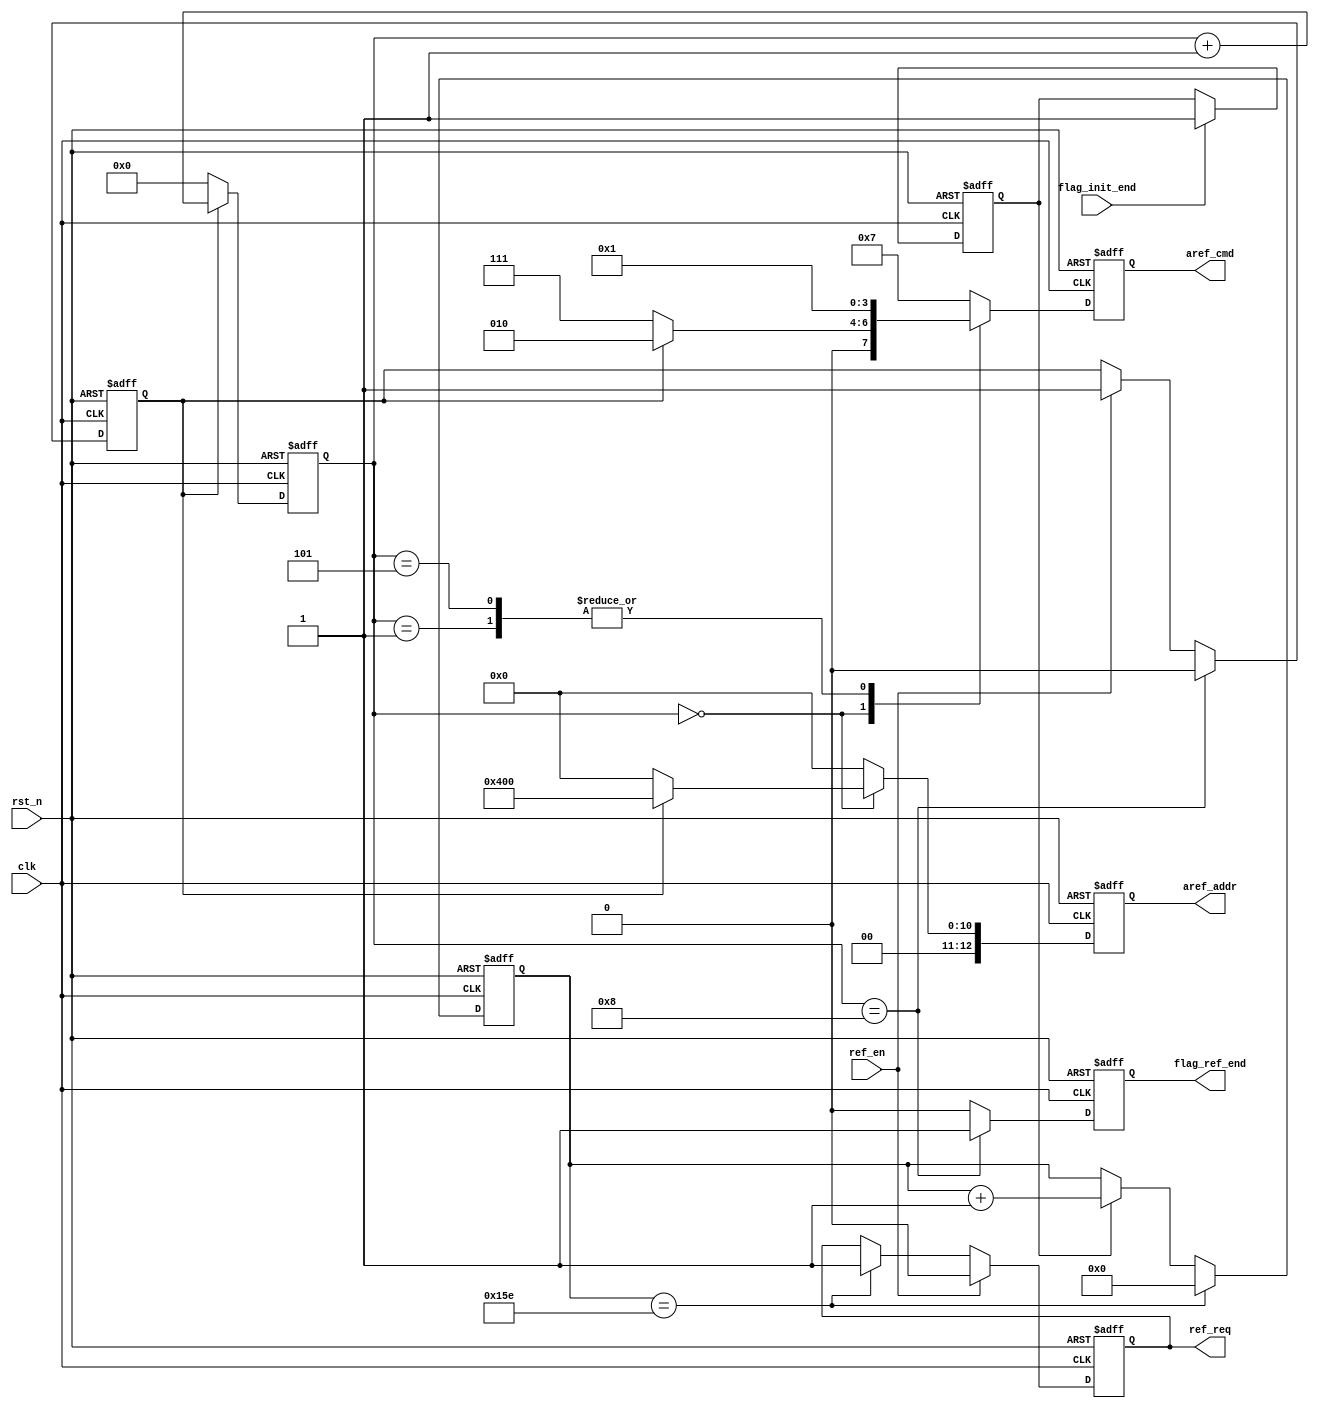
/*-----------------------------------------------------------------------

Date				:		2017-08-29
Description			:		Design for auto refresh.

-----------------------------------------------------------------------*/

module sdram_afreh
(
	//global clock
	input					clk							,			//system clock
	input					rst_n						,     		//sync reset
	
	//init		interface
	input					flag_init_end				,
	
	//auto_freh interface
	input					ref_en						,
	output	reg				ref_req						,
	output	reg				flag_ref_end				,
	
	//sdram		interface
	output	reg		[3:0]	aref_cmd					,
	output	reg		[12:0]	aref_addr

	
); 

//--------------------------------
//Funtion : 
	parameter		CMD_END		=	4'd8				,
					DELAY_7US	=	9'd350				,
					NOP			=	4'b0111				,
					PRECHARGE	=	4'b0010				,
					AREF		=	4'b0001				;
	
	reg			[8:0]		cnt_7us						;
	reg						flag_ref					;		//
	reg						flag_start					;		//
	reg			[3:0]		cnt_cmd						;



//--------------------------------
//Funtion : 	flag_start              

always @(posedge clk or negedge rst_n)
begin
	if(!rst_n)
		flag_start <= 1'd0;
	else if(flag_init_end)
		flag_start <= 1'd1;
end

//--------------------------------
//Funtion : 	7us

always @(posedge clk or negedge rst_n)
begin
	if(!rst_n)
		cnt_7us <= 1'd0;
	else if(cnt_7us == DELAY_7US)
		cnt_7us <= 1'd0;
	else if(flag_start)
		cnt_7us <= cnt_7us + 1'b1;
end

//--------------------------------
//Funtion : flag_ref

always @(posedge clk or negedge rst_n)
begin
	if(!rst_n)
		flag_ref <= 1'd0;
	else if(cnt_cmd == CMD_END)
		flag_ref <= 1'd0;
	else if(ref_en)
		flag_ref <= 1'd1;
end

//--------------------------------
//Funtion : cnt_cmd

always @(posedge clk or negedge rst_n)
begin
	if(!rst_n)
		cnt_cmd <= 1'd0;
	else if(flag_ref)
		cnt_cmd <= cnt_cmd + 1'b1;
	else
		cnt_cmd <= 1'd0;
end

//--------------------------------
//Funtion : flag_ref_end

always @(posedge clk or negedge rst_n)
begin
	if(!rst_n)
		flag_ref_end <= 1'd0;
	else if(cnt_cmd == CMD_END)
		flag_ref_end <= 1'd1;
	else
		flag_ref_end <= 1'd0;
end


//--------------------------------
//Funtion : cmd_reg

always @(posedge clk or negedge rst_n)
begin
	if(!rst_n)
		aref_cmd <= NOP;
	else case(cnt_cmd)
		3'd0 :
		begin
			if(flag_ref)
				aref_cmd <= PRECHARGE;
			else
				aref_cmd <= NOP;
		end
		
		3'd1 :
		begin
			aref_cmd <= AREF;
		end
		
		3'd5 :
		begin
			aref_cmd <= AREF;
		end
		
		
		
		default : 
			aref_cmd <= NOP;
	
	endcase
end

//--------------------------------
//Funtion : sdram_addr

always @(posedge clk or negedge rst_n)
begin
	if(!rst_n)
		aref_addr <= 1'd0;
	else case(cnt_cmd)
		
		4'd0 :
		begin
			if(flag_ref)
				aref_addr <= 13'b0_0100_0000_0000;
			else
				aref_addr <= 1'd0;
		end
		
		default : aref_addr <= 1'd0;
	endcase
end

//--------------------------------
//Funtion : ref_req

always @(posedge clk or negedge rst_n)
begin
	if(!rst_n)	
		ref_req <= 1'b0;
	else if(ref_en)
		ref_req <= 1'd0;
	else if(cnt_7us == DELAY_7US)
		ref_req <= 1'b1;
end


endmodule